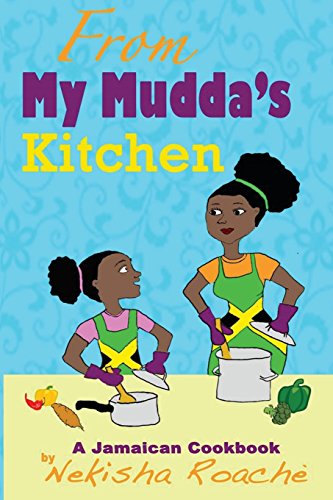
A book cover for From My Mudda's Kitchen: A Jamaican Cookbook; Nekisha Roache; Travel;